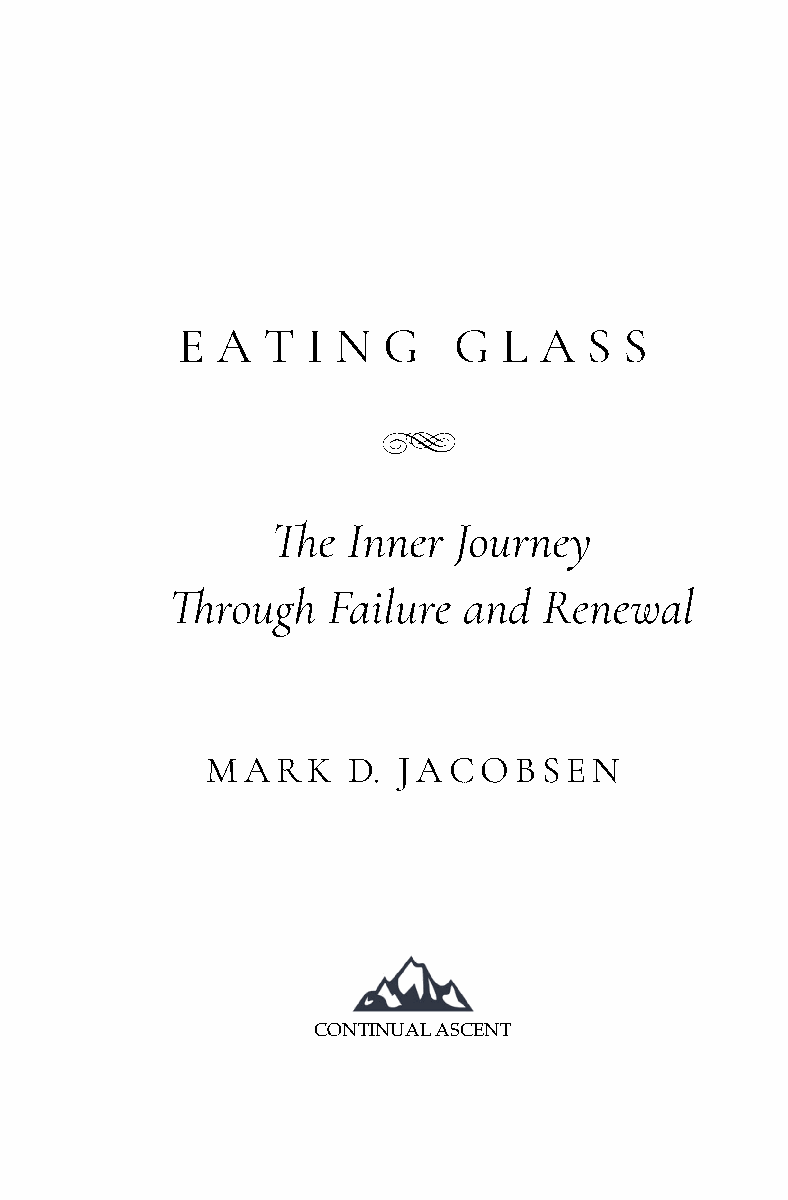
E A  T  I N  G    G  L  A  S S
 g
 !e   Inner  Journey
 !rough     Failure  and  Renewal
 MARK     D. JACOBSEN
 CONTINUAL ASCENT